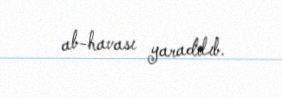
ab-havası yaradılıb.